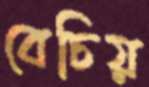
বেচিয়